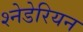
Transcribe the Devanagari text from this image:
श्नेडेरियन